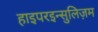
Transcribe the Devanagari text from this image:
हाइपरइन्सुलिज़म